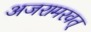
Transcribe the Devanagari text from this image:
अजरामरवत्